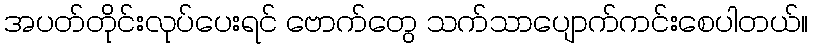
အပတ်တိုင်းလုပ်ပေးရင် ဗောက်တွေ သက်သာပျောက်ကင်းစေပါတယ်။